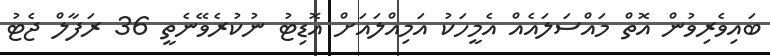
ބައިވެރިވުން އޮތް މައްސަލައެއް އެމީހަކު އަމިއްލައަށް އޮޑިޓު ނުކުރެވޭނެތީ 36 ރަފާލް ޖެޓު